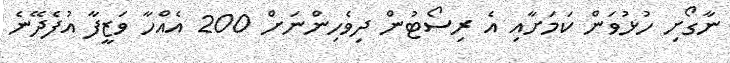
ނާގޯށި ހުޅުވަން ކަމަށާއި އެ ރިސޯޓުން ދިވެހިންނަށް 200 އެއްހާ ވަޒީފާ އުފެދޭނެ